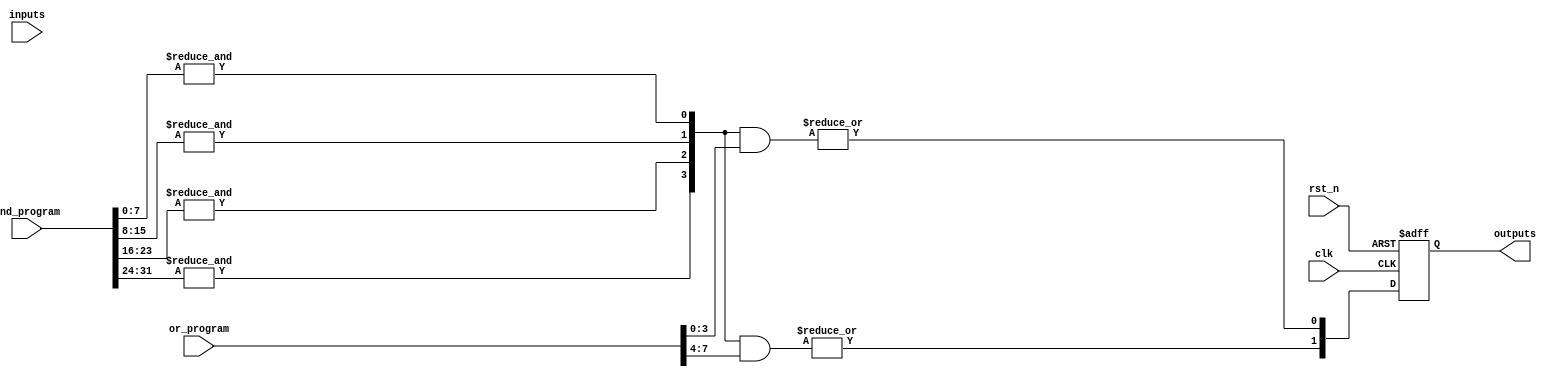
module rpal #(
    parameter NUM_AND_GATES = 4,  // Number of AND gates
    parameter NUM_OR_GATES  = 2,  // Number of OR gates
    parameter NUM_INPUTS    = 8,  // Total number of inputs
    parameter NUM_REGISTERS  = 2   // Number of output registers
)(
    input wire clk,                     // Clock input
    input wire rst_n,                   // Active low reset
    input wire [NUM_INPUTS-1:0] inputs, // Primary inputs
    input wire [NUM_AND_GATES*NUM_INPUTS-1:0] and_program, // Programming for AND gates
    input wire [NUM_OR_GATES*NUM_AND_GATES-1:0] or_program,  // Programming for OR gates
    output reg [NUM_REGISTERS-1:0] outputs // Registered outputs
);

// Intermediate wire for AND gate outputs
wire [NUM_AND_GATES-1:0] and_outputs;

// Generate AND gates
genvar i, j;
generate
    for (i = 0; i < NUM_AND_GATES; i = i + 1) begin : and_gate
        // Each AND gate combines inputs based on programming
        wire [NUM_INPUTS-1:0] and_inputs; // Inputs for each AND gate
        assign and_inputs = and_program[i*NUM_INPUTS +: NUM_INPUTS]; // Select programmed inputs
        assign and_outputs[i] = &{and_inputs}; // AND operation (logical product)
    end
endgenerate

// Wire for OR gate outputs
wire [NUM_OR_GATES-1:0] or_outputs;

// Generate OR gates
generate
    for (j = 0; j < NUM_OR_GATES; j = j + 1) begin : or_gate
        // Each OR gate combines outputs from AND gates
        wire [NUM_AND_GATES-1:0] or_inputs; // Inputs for each OR gate
        assign or_inputs = or_program[j*NUM_AND_GATES +: NUM_AND_GATES]; // Select programmed AND outputs
        assign or_outputs[j] = |(and_outputs & or_inputs); // OR operation (logical sum)
    end
endgenerate

// Register the outputs
always @(posedge clk or negedge rst_n) begin
    if (!rst_n) begin
        outputs <= 0; // Clear outputs on reset
    end else begin
        // Register outputs, for example, only register the first NUM_REGISTERS
        outputs <= or_outputs[NUM_REGISTERS-1:0];
    end
end

endmodule